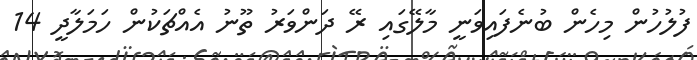
ފުލުހުން މިހެން ބުނެފައިވަނީ މާލޭގައި ރޭ ދަންވަރު ތޫނު އެއްޗަކުން ހަމަލާދީ 14